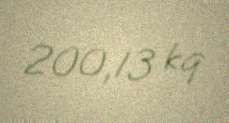
200,13 kq